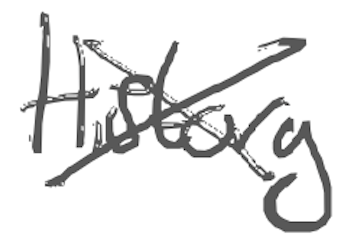
Text: History
Cross-out: cross
Writing tool: digital_gray